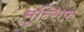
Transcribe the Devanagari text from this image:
मुन्सिफ़